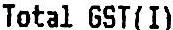
TOTAL GST(I)